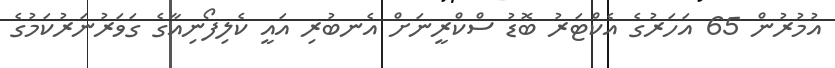
އުމުރުން 65 އަހަރުގެ އެކްޓަރު ބޮޑު ސްކްރީނަށް އެނބުރި އައީ ކެލިފޯނިއާގެ ގަވަރުނަރުކަމުގެ